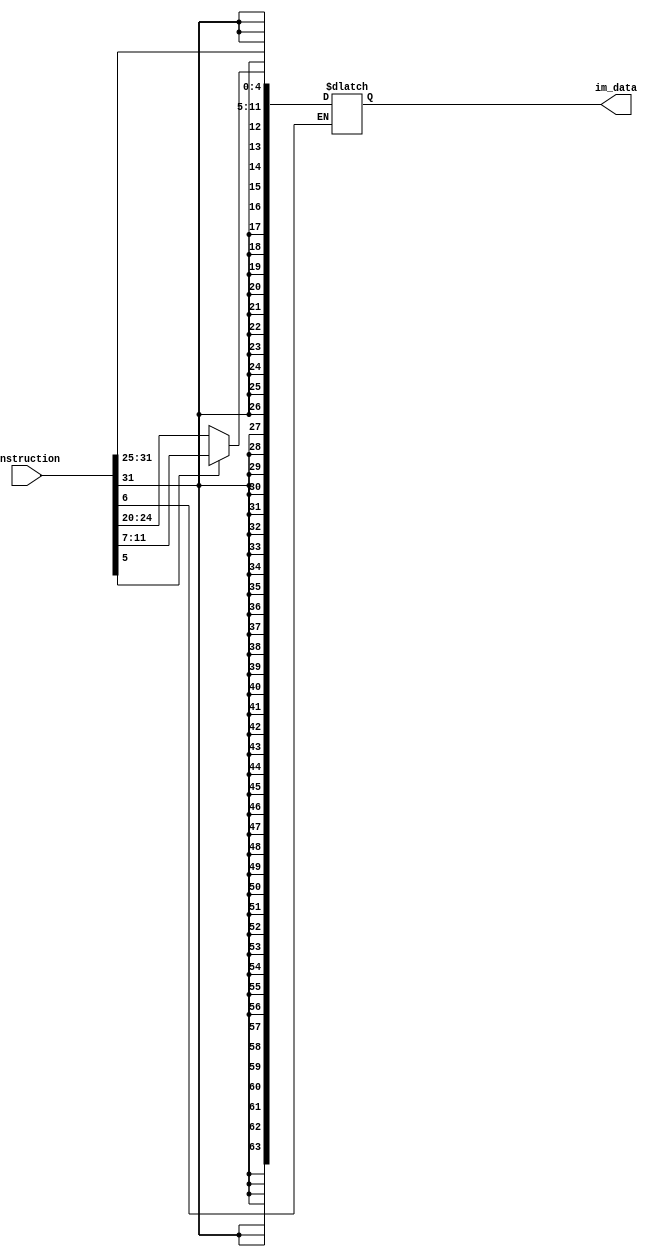
module imm_gen
  
  (
  
  input [31:0] instruction,
  output reg[63:0] im_data

  );
  
  always @  (instruction)
  
  begin
    if (instruction[6]==1'b0) //if data trans intr
      begin
         if (instruction[5]==1'b0) //if load in
          begin
         im_data[11:0]=instruction[31:20];
          im_data[63:12]={52{instruction[31]}};
         end
           
         else //if store instr
           begin
            im_data[4:0]=instruction[11:7];
            im_data[11:5]=instruction[31:25];
            im_data[63:12]={52{instruction[31]}};
           end

        
      end
      
    
    
  end
  
  endmodule